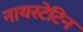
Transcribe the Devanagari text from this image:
नायस्टेटिन